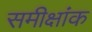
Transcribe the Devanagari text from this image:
समीक्षांक